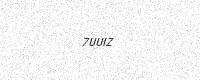
Text: 7UUIZ